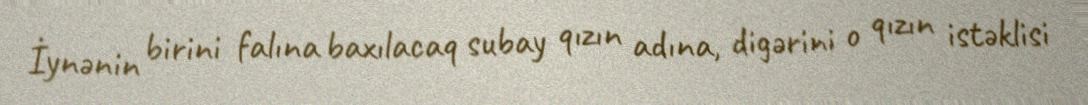
İynənin birini falına baxılacaq subay qızın adına, digərini o qızın istəklisi